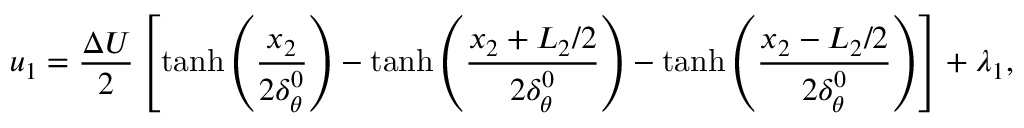
u _ { 1 } = \frac { \Delta U } { 2 } \left[ \operatorname { t a n h } \left( \frac { x _ { 2 } } { 2 \delta _ { \theta } ^ { 0 } } \right) - \operatorname { t a n h } \left( \frac { x _ { 2 } + L _ { 2 } / 2 } { 2 \delta _ { \theta } ^ { 0 } } \right) - \operatorname { t a n h } \left( \frac { x _ { 2 } - L _ { 2 } / 2 } { 2 \delta _ { \theta } ^ { 0 } } \right) \right] + \lambda _ { 1 } ,